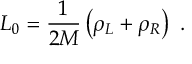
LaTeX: L _ { 0 } = \frac { 1 } { 2 M } \left( \rho _ { L } + \rho _ { R } \right) \ .